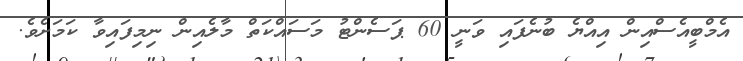
އެމްބީއެސްއިން އިއްޔެ ބުނެފައި ވަނީ 60 ޕަސެންޓު މަސައްކަތް މާލެއިން ނިމިފައިވާ ކަމަށެވެ.